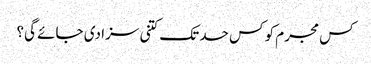
کس مجرم کو کس حد تک کتنی سزا دی جائے گی؟